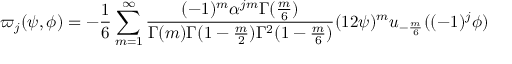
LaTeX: \varpi _ { j } ( \psi , \phi ) = - \frac { 1 } { 6 } \sum _ { m = 1 } ^ { \infty } \frac { ( - 1 ) ^ { m } \alpha ^ { j m } \Gamma ( \frac { m } { 6 } ) } { \Gamma ( m ) \Gamma ( 1 - \frac { m } { 2 } ) \Gamma ^ { 2 } ( 1 - \frac { m } { 6 } ) } ( 1 2 \psi ) ^ { m } u _ { - \frac { m } { 6 } } ( ( - 1 ) ^ { j } \phi )